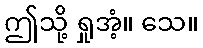
ဤသို့ ရှုအံ့။ သေ။